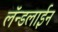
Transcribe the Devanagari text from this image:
लॅन्डलाईन